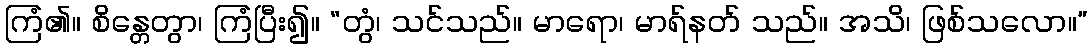
ကြံ၏။ စိန္တေတွာ၊ ကြံပြီး၍။ “တွံ၊ သင်သည်။ မာရော၊ မာရ်နတ် သည်။ အသိ၊ ဖြစ်သလော။”